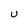
Character: U